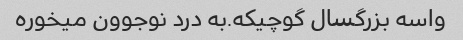
واسه بزرگسال گوچیکه.به درد نوجوون میخوره